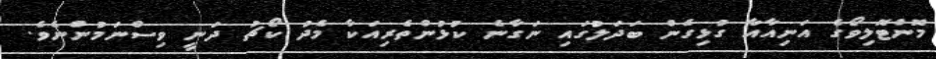
މޮންޓޮލިވޯގެ އަނިއާއާ ގުޅިގެން ބަދަލުގައި ނަގާނެ ކުޅުންތެރިއަކާ މެދު ކޯޗު ދަނީ ވިސްނަމުންނެވެ.